Structure of Hæmatopota pluvialis (Meigen) - Number 55
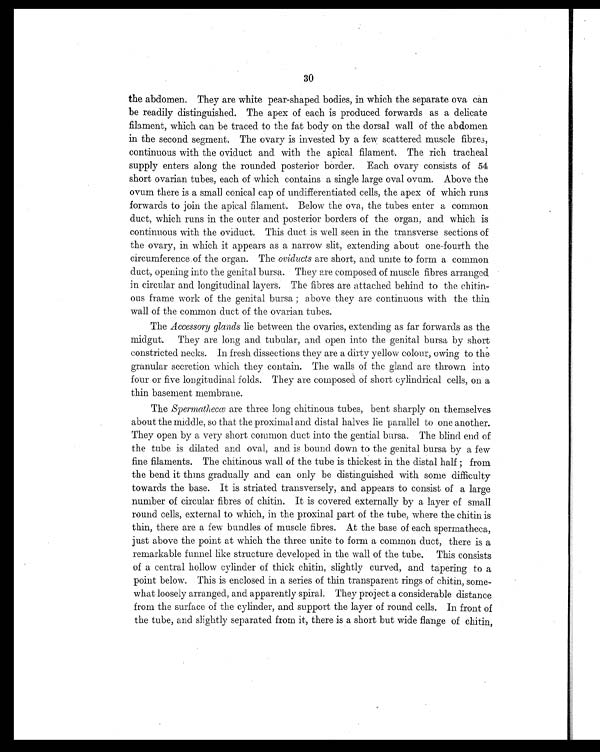
30
the abdomen. They are white pear-shaped bodies, in which the separate ova can
be readily distinguished. The apex of each is produced forwards as a delicate
filament, which can be traced to the fat body on the dorsal wall of the abdomen
in the second segment. The ovary is invested by a few scattered muscle fibres,
continuous with the oviduct and with the apical filament. The rich tracheal
supply enters along the rounded posterior border. Each ovary consists of 54
short ovarian tubes, each of which contains a single large oval ovum. Above the
ovum there is a small conical cap of undifferentiated cells, the apex of which runs
forwards to join the apical filament. Below the ova, the tubes enter a common
duct, which runs in the outer and posterior borders of the organ, and which is
continuous with the oviduct. This duct is well seen in the transverse sections of
the ovary, in which it appears as a narrow slit, extending about one-fourth the
circumference of the organ. The oviducts are short, and unite to form a common
duct, opening into the genital bursa. They are composed of muscle fibres arranged
in circular and longitudinal layers. The fibres are attached behind to the chitin-
ous frame work of the genital bursa; above they are continuous with the thin
wall of the common duct of the ovarian tubes.
The Accessory glands lie between the ovaries, extending as far forwards as the
midgut. They are long and tubular, and open into the genital bursa by short
constricted necks. In fresh dissections they are a dirty yellow colour, owing to the
granular secretion which they contain. The walls of the gland are thrown into
four or five longitudinal folds. They are composed of short cylindrical cells, on a
thin basement membrane.
The Spermathecœ are three long chitinous tubes, bent sharply on themselves
about the middle, so that the proximal and distal halves lie parallel to one another.
They open by a very short common duct into the gential bursa. The blind end of
the tube is dilated and oval, and is bound down to the genital bursa by a few
fine filaments. The chitinous wall of the tube is thickest in the distal half; from
the bend it thins gradually and can only be distinguished with some difficulty
towards the base. It is striated transversely, and appears to consist of a large
number of circular fibres of chitin. It is covered externally by a layer of small
round cells, external to which, in the proxinal part of the tube, where the chitin is
thin, there are a few bundles of muscle fibres. At the base of each spermatheca,
just above the point at which the three unite to form a common duct, there is a
remarkable funnel like structure developed in the wall of the tube. This consists
of a central hollow cylinder of thick chitin, slightly curved, and tapering to a
point below. This is enclosed in a series of thin transparent rings of chitin, some-
what loosely arranged, and apparently spiral. They project a considerable distance
from the surface of the cylinder, and support the layer of round cells. In front of
the tube, and slightly separated from it, there is a short but wide flange of chitin,